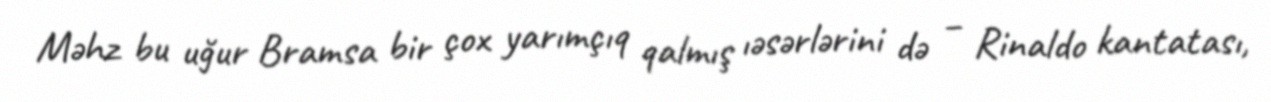
Məhz bu uğur Bramsa bir çox yarımçıq qalmış ıəsərlərini də – Rinaldo kantatası,